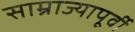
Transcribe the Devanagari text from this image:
साम्राज्यापूर्वी